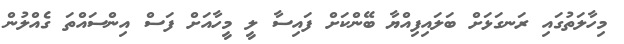
މިހާލަތުގައި ރަނގަޅަށް ބަލައިފިއްޔާ ބޭންކަށް ފައިސާ ލީ މީހާއަށް ފަސް އިންސައްތަ ގެއްލުން